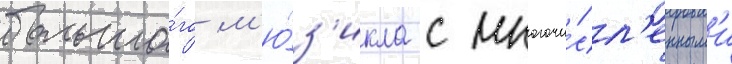
большо́го м'ю́з'икла с многочи́сл'енным'и